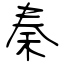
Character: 秦